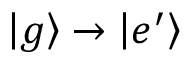
\left| g \right\rangle \rightarrow \left| e ^ { \prime } \right\rangle